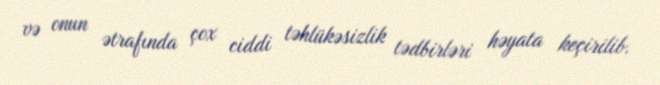
və onun ətrafında çox ciddi təhlükəsizlik tədbirləri həyata keçirilib.